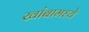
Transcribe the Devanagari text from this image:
खांबामध्ये